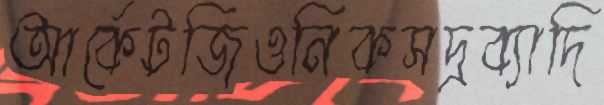
আর্কেটজিওনিকসদ্রব্যাদি